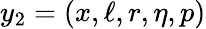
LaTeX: y_{2}=(x,\ell,r,\eta,p)